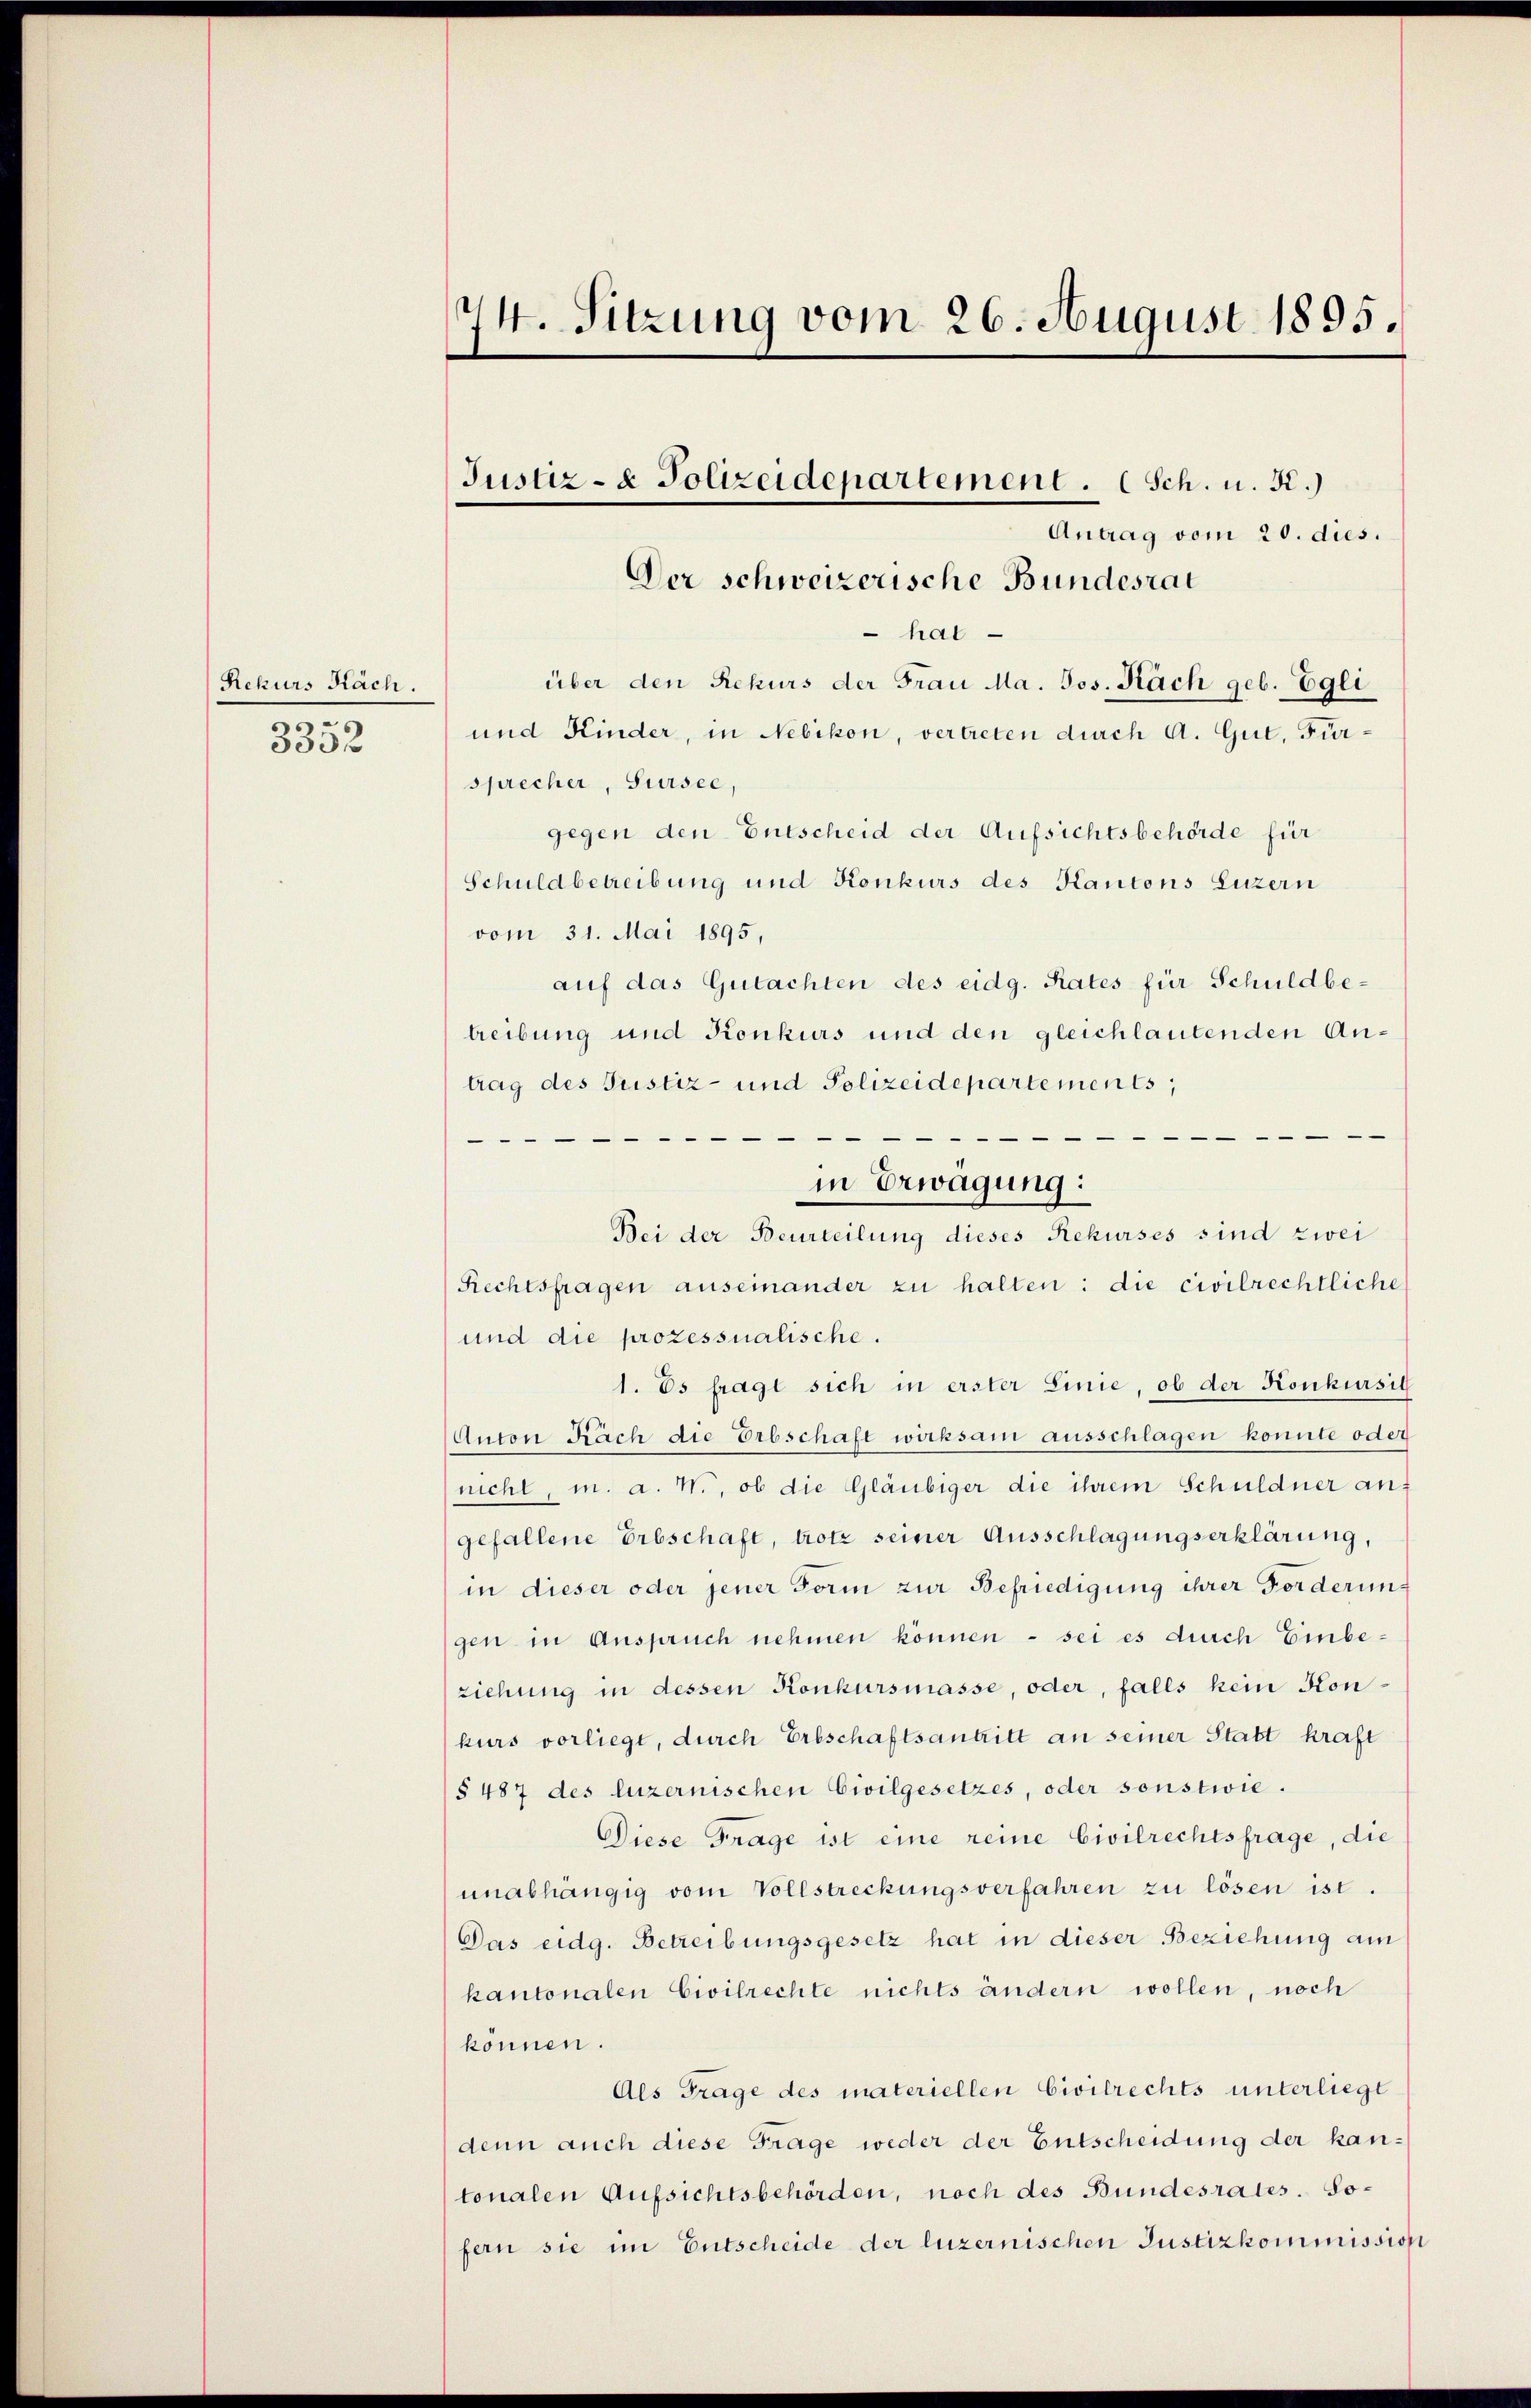
Rekurs Nach.
3352

74. Sitzung vom 26. August 1895.

Antrag vom 20. dies.
 hat
über den Rekurs der Frau Ma. Jos. Nach geb. Egli
und Kinder, in Nebikon, vertreten durch A. Gut, Fursprecher, Sursee
gegen den Entscheid der Aufsichtsbehörde für
Schuldbetreibung und Konkurs des Kantons Luzern
vom 31. Mai 1895,
auf das Gutachten des eidg. Rates für Schuldbetreibung und Konkurs und den gleichlautenden Antrag des Justiz- und Polizeidepartements,

Bei der Beurteilung dieses Rekurses sind zwei
Rechtsfragen auseinander zu halten: die civilrechtliche
und die prozessualische.
1. Es fragt sich in erster Linie, ob der Konkursit
Anton Nach die Erbschaft wirksam ausschlagen konnte oder
nicht, m. a. W., ob die Gläubiger die ihrem Schuldner an
gefallene Erbschaft, trotz seiner Ausschlagungserklärung,
in dieser oder jener Form zur Befriedigung ihrer Forderungen in Anspruch nehmen können - sei es durch Einbeziehung in dessen Konkursmasse, oder, falls kein Konkurs vorliegt, durch Erbschaftsantritt an seiner Statt kraft
§ 487 des luzernischen Civilgesetzes, oder sonstwie.
Diese Frage ist eine reine Civilrechtsfrage, die
unabhängig vom Vollstreckungsverfahren zu lösen ist.
Das eidg. Betreibungsgesetz hat in dieser Beziehung am
kantonalen Civilrechte nichts ändern wollen, noch
können.
Als Frage des materiellen Civilrechts unterliegt
denn auch diese Frage weder der Entscheidung der kantonalen Aufsichtsbehörden, noch des Bundesrates. Sofern sie im Entscheide der luzernischen Justizkommission

Der schweizerische Bundesrat

Justiz- & Polizeidepartement. C Sch. u. Kr.)

in Erwägung: